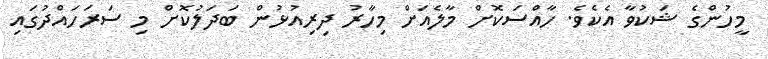
މީހުންގެ ޝަކުވާ އެކެވެ. ހާއްސަކޮށް މާލެއަށް މިހާރު ދިރިއުޅުން ބަދަލުކޮށް މި ސަރަހައްދުގައި